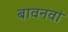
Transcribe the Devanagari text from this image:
बावनवां